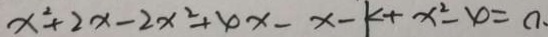
x ^ { 2 } + 2 x - 2 x ^ { 2 } + \varphi x - x - k + x ^ { 2 } - \varphi = 0